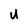
Character: U